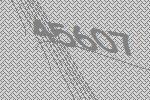
45607